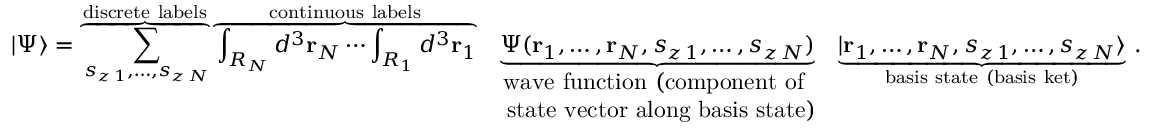
| \Psi \rangle = \overbrace { \sum _ { s _ { z \, 1 } , \ldots , s _ { z \, N } } } ^ { \mathrm { d i s c r e t e ~ l a b e l s } } \overbrace { \int _ { R _ { N } } d ^ { 3 } \mathbf { r } _ { N } \cdots \int _ { R _ { 1 } } d ^ { 3 } \mathbf { r } _ { 1 } } ^ { \mathrm { c o n t i n u o u s ~ l a b e l s } } \; \underbrace { { \Psi } ( \mathbf { r } _ { 1 } , \ldots , \mathbf { r } _ { N } , s _ { z \, 1 } , \ldots , s _ { z \, N } ) } _ { \begin{array} { c } { { \mathrm { w a v e ~ f u n c t i o n ~ ( c o m p o n e n t ~ o f ~ } } } \\ { { \mathrm { ~ s t a t e ~ v e c t o r ~ a l o n g ~ b a s i s ~ s t a t e ) } } } \end{array} } \; \underbrace { | \mathbf { r } _ { 1 } , \ldots , \mathbf { r } _ { N } , s _ { z \, 1 } , \ldots , s _ { z \, N } \rangle } _ { \mathrm { b a s i s ~ s t a t e ~ ( b a s i s ~ k e t ) } } \, .